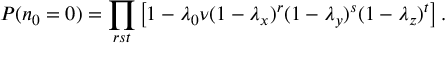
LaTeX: P ( n _ { 0 } = 0 ) = \prod _ { r s t } \left[ 1 - \lambda _ { 0 } \nu ( 1 - \lambda _ { x } ) ^ { r } ( 1 - \lambda _ { y } ) ^ { s } ( 1 - \lambda _ { z } ) ^ { t } \right] .